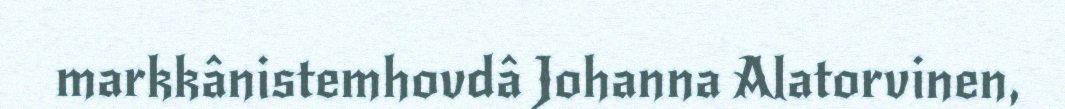
markkânistemhovdâ Johanna Alatorvinen,